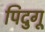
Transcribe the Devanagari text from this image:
पिदुगू